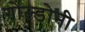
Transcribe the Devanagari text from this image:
गोल्डोनी